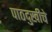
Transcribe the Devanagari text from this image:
पाठदुखीचे